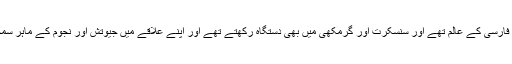
ان کے والد عربی فارسی کے عالم تھے اور سنسکرت اور گرمکھی میں بھی دستگاہ رکھتے تھے اور اپنے علاقے میں جیوتش اور نجوم کے ماہر سمجھے جاتے تھے۔